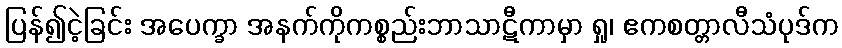
ပြန်၍ငဲ့ခြင်း အပေက္ခာ အနက်ကိုကစ္စည်းဘာသာဋီကာမှာ ရှု၊ ဧကစတ္တာလီသံပုဒ်က